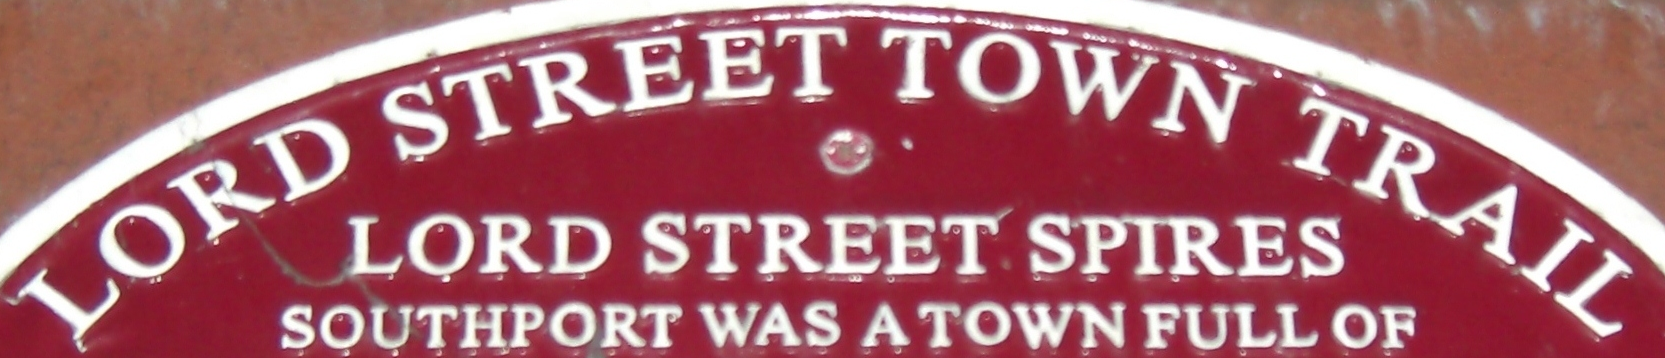
LORD STREET TOWN TRAIL